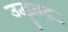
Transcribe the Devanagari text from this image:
उद्धृतद्